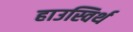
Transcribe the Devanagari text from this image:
हाउस्विर्थ